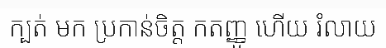
ក្បត់ មក ប្រកាន់ចិត្ត កតញ្ញូ ហើយ រំលាយ